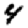
Digit: 4